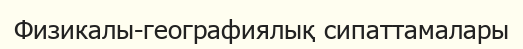
Физикалы-географиялық сипаттамалары